Document type: Grant
Year: 1403
Scribe: Berenguer Pedrosell
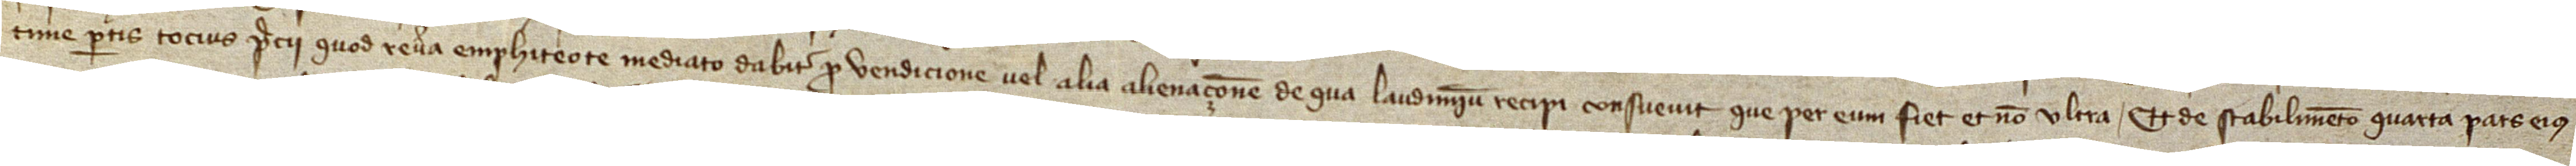
time partis tocius precii quod revera emphiteote mediato dabitur pro vendicione vel alia alienaçione de qua laudimium recipi consuevit que per eum fiet, et non ultra. Et de stabilimento quarta pars eius